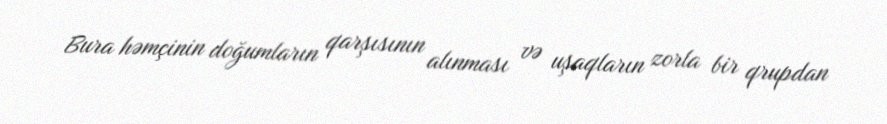
Bura həmçinin doğumların qarşısının alınması və uşaqların zorla bir qrupdan